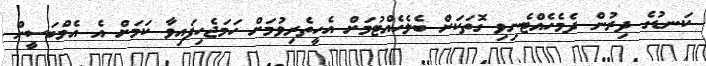
ކަނޑުގެ ދިރުން ދެމެހެއްޓެނިވި ގޮތަކަށް ބެލެހެއްޓުމަށް އެހީތެރިވުމަށް ހަމަޖެހިފައިވާ ކަމަށް އެ އެމްބަސީން